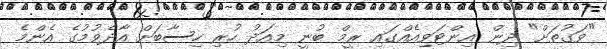
"ވަގުތަށް" ދިން އިންޓަވިއެއްގައި ރީމް ބުނީ މިއަދު ހުރި ހިސާބަށް އާދެވުމުގެ އެންމެ